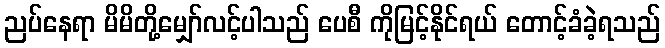
ညပ်နေရာ မိမိတို့မျှော်လင့်ပါသည် ပေစီ ကိုမြင့်နိုင်ရယ် တောင့်ခံခဲ့ရသည်